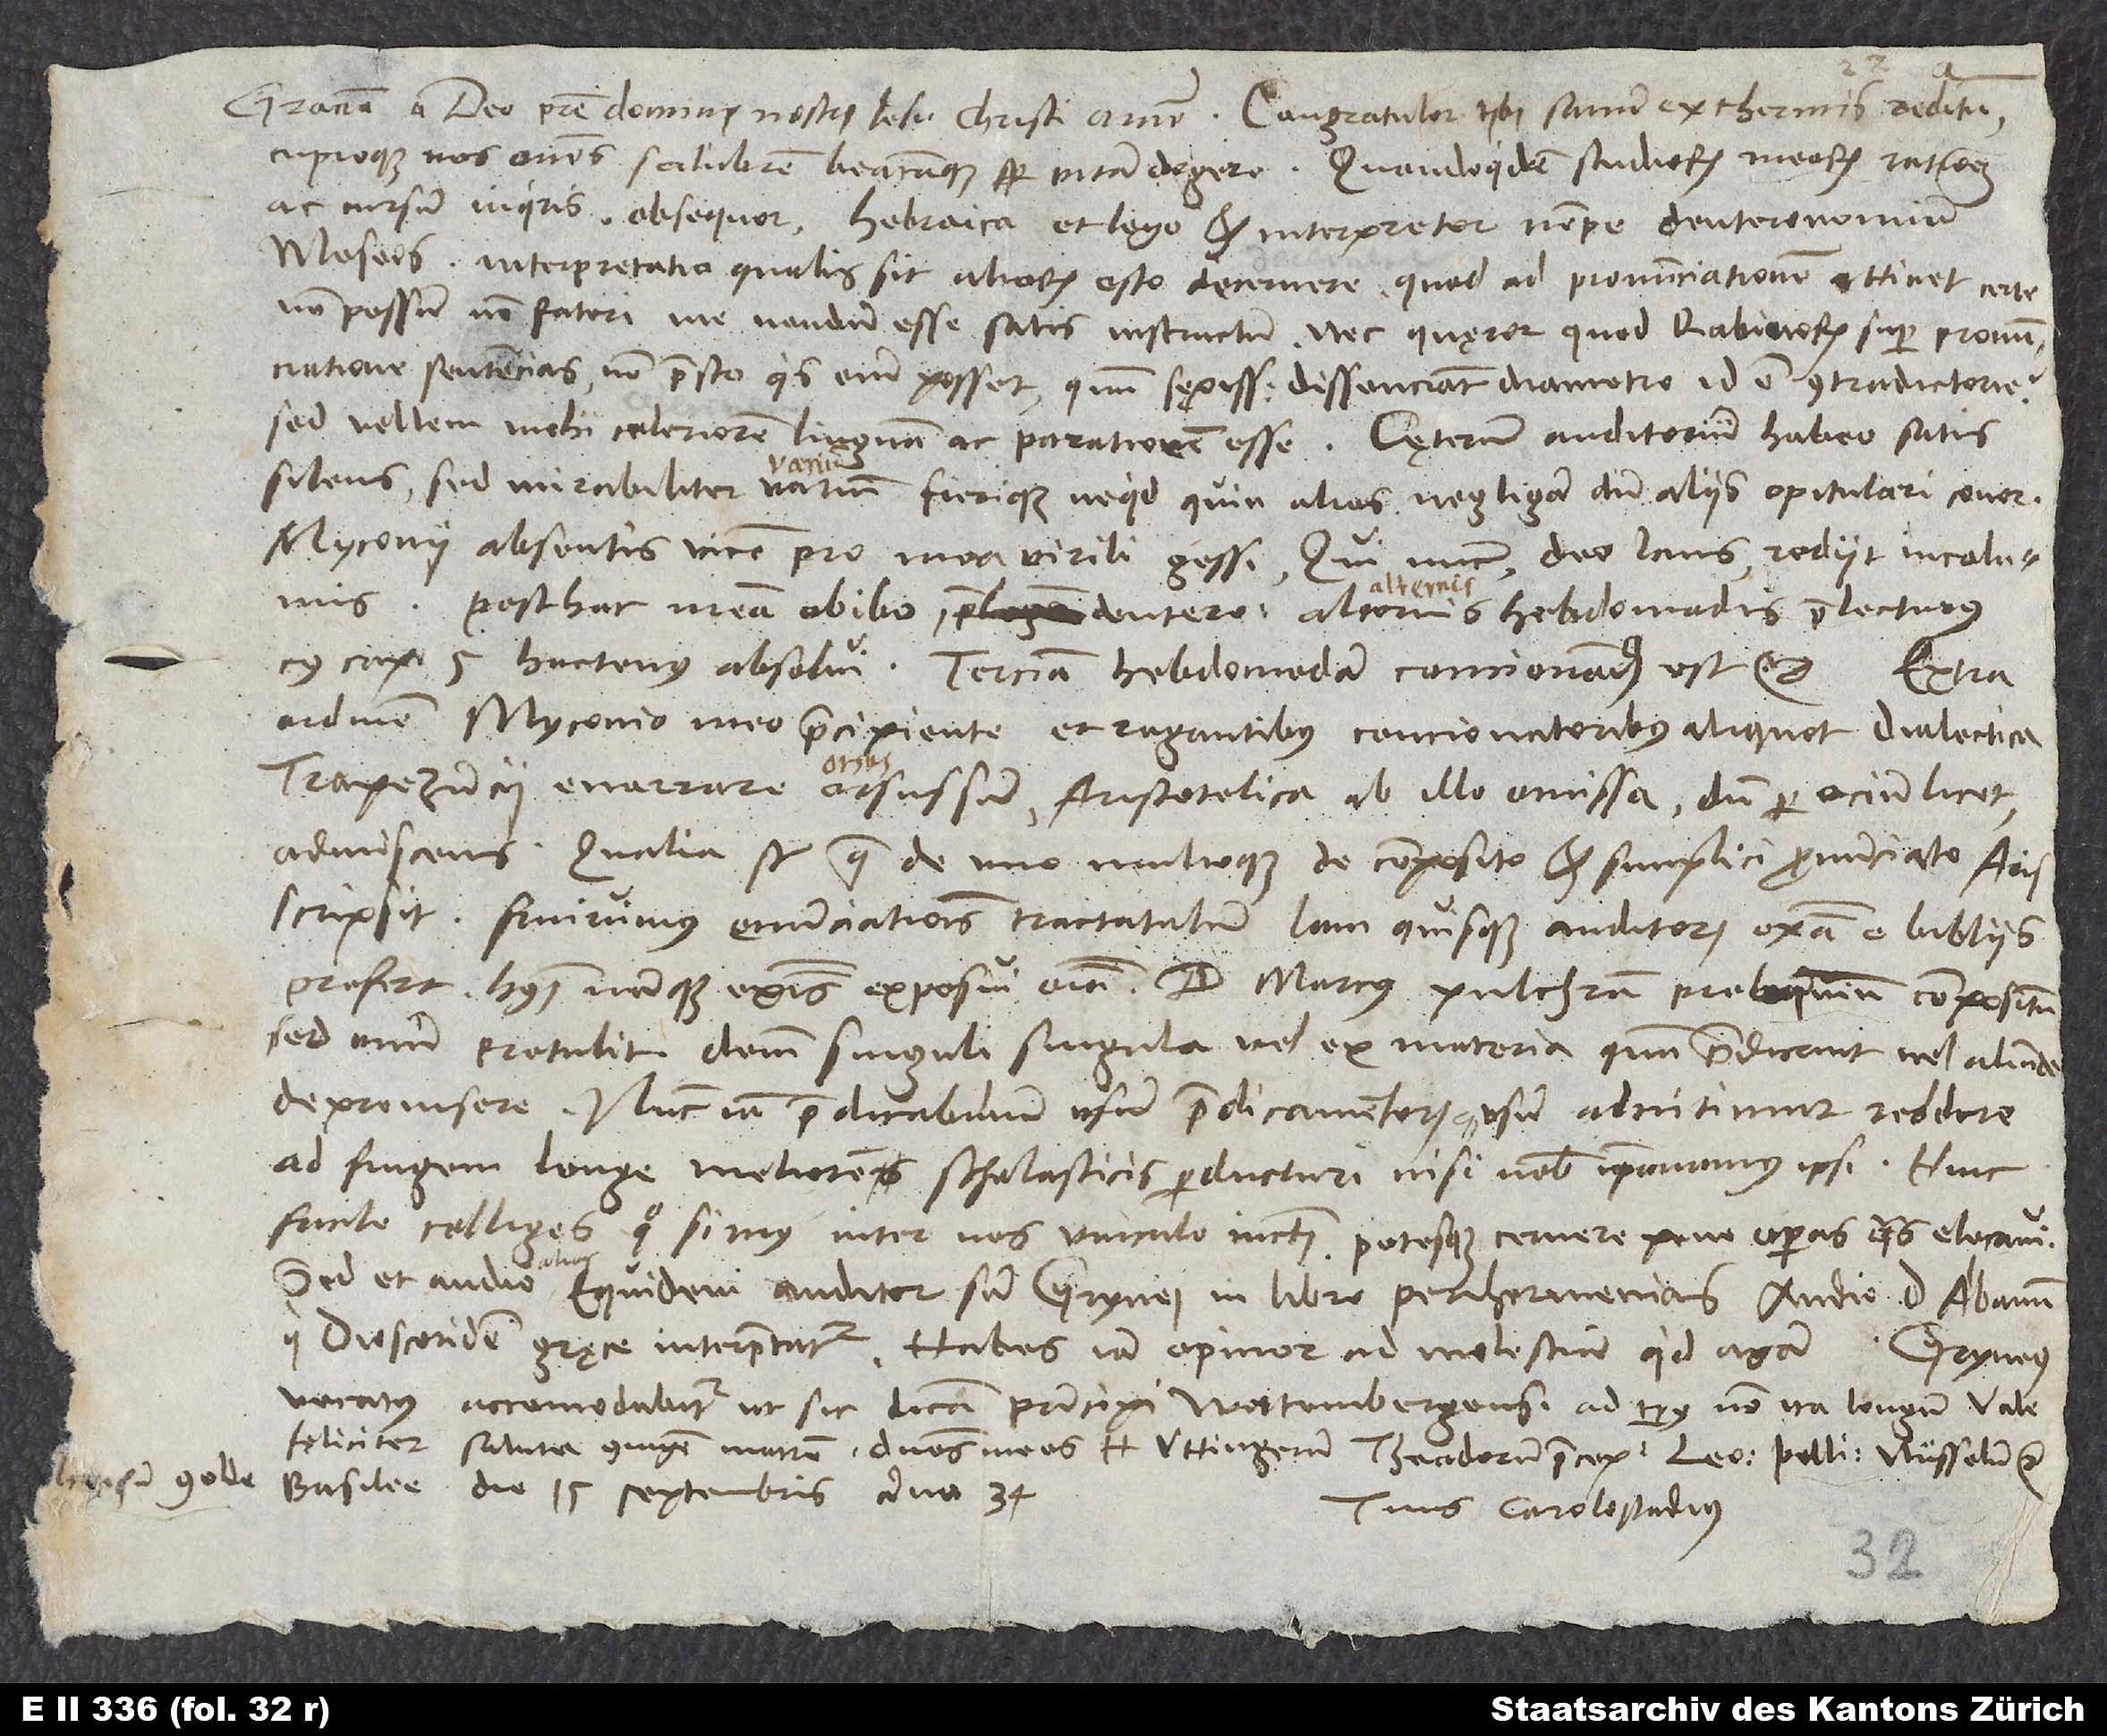
Graciam a deo patre domini nostri Iesu Christi. Amen. Congratulor tibi sanum ex thermis reditum
cupioque vos omnes salubrem beatamque semper vitam degere. Quandoquidem studiorum meorum rationem
ac cursum inquiris obsequor: Hebraica et lego et interpretor, nempe Deuteronomium
Moseos. Interpretatio qualis sit, aliorum esto decernere. Quod ad pronunciationem attinet, certe
non possum non fateri me nondum esse satis instructum. Nec quęror, quod rabinorum super pronunciatione
sentencias non praesto. Quis enim posset, quum sępissime dissenciant diametro, id est contradictorie?
Sed vellem mihi celeriorem linguam ac paratiorem esse. Caeterum auditorium habeo satis
silens, sed mirabiliter varium, fierique nequit, quin alios negligam, dum aliis opitulari conor.
Myconii absentis vicem pro mea virili gessi, qui nunc, deo laus, rediit incolumis.
scripsit. Finivimus enunciationis tractatulum. Iam quisque auditorum exempla e bibliis
profert. Huiusmodi namque exemplis exposui omnia. D. Marcus pulchrum proloquium compositum,
sed unum, protulit. Deinde singuli singula vel ex materia, quam praedicant, vel aliunde
depromsere. Nunc iam praedicabilium praedicamentorumque usum adnitimur reddere
ad frugem longe meliorem scholasticis perducturi, nisi nobis imponamus ipsi. Hinc
facile colliges, quo simus inter nos vincubo iuncti, potesque cernere pene operas, quas elocavi.
Sed et audio alios. Equidem auditor sum Grynei in libro Pen hermenias. Audio D. Albanum,
qui Dioscoridem gręce interpretatur. Habes iam opinor, ad molestiam, quid agam.
Gryneus
vocatus accomodabitur, ut sic dicam, principi Wirtembergensi ad tempus non ita longum. Vale
feliciter. Saluta coniugem, matrem, dominos meos H Uttingerum, Theodorum praeceprichum Golde.
Basilee, die 15. septembris anno 34.
Tuus Carostadius.